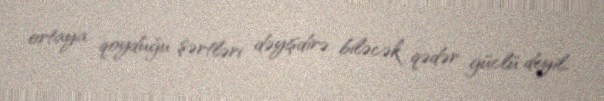
ortaya qoyduğu şərtləri dəyişdirə biləcək qədər güclü deyil.